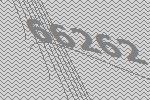
66262